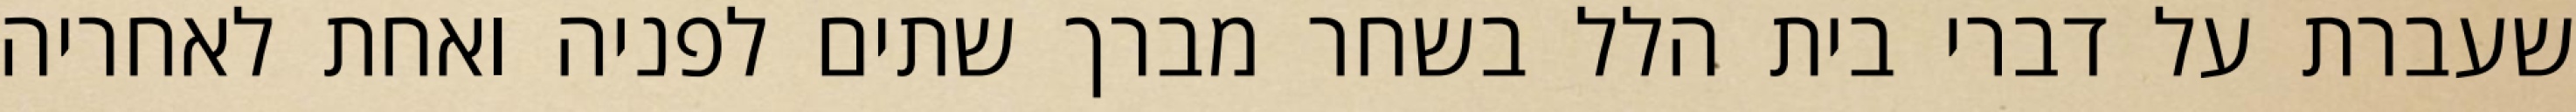
שעברת על דברי בית הלל בשחר מברך שתים לפניה ואחת לאחריה